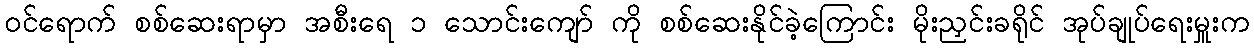
ဝင်ရောက် စစ်ဆေးရာမှာ အစီးရေ ၁ သောင်းကျော် ကို စစ်ဆေးနိုင်ခဲ့ကြောင်း မိုးညှင်းခရိုင် အုပ်ချုပ်ရေးမှူးက